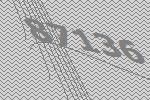
87136